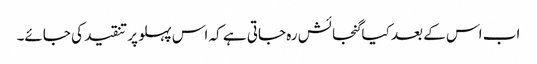
اب اس کے بعد کیا گنجائش رہ جاتی ہے کہ اس پہلو پر تنقید کی جائے۔